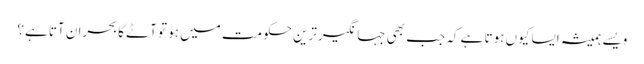
ویسے ہمیشہ ایسا کیوں ہوتا ہے کہ جب بھی جہانگیرترین حکومت میں ہو تو آٹے کا بحران آتا ہے؟